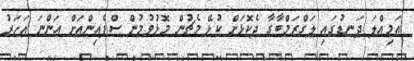
އަމިއްލަ ދަނޑުގައި ލަގްޒަމްބާގާ ދެކޮޅަށް ކުޅޭ މެޗުން މޮޅުވުމުން ސްޕެއިންއަށް އަންނަ އަހަރު